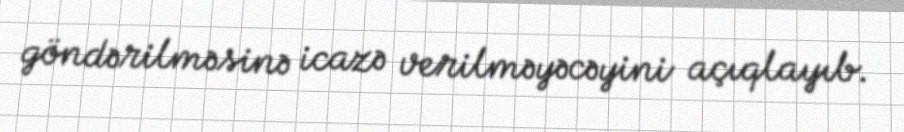
göndərilməsinə icazə verilməyəcəyini açıqlayıb.